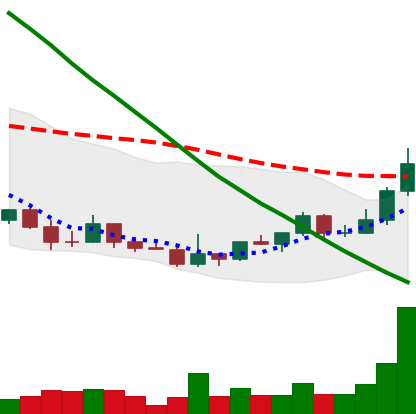
Ticker: DOGE-USD
Chart end date: 2022-03-24
Forward return: 5.8%
Label: up_5_7